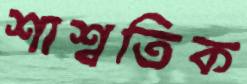
শাশ্বতিক